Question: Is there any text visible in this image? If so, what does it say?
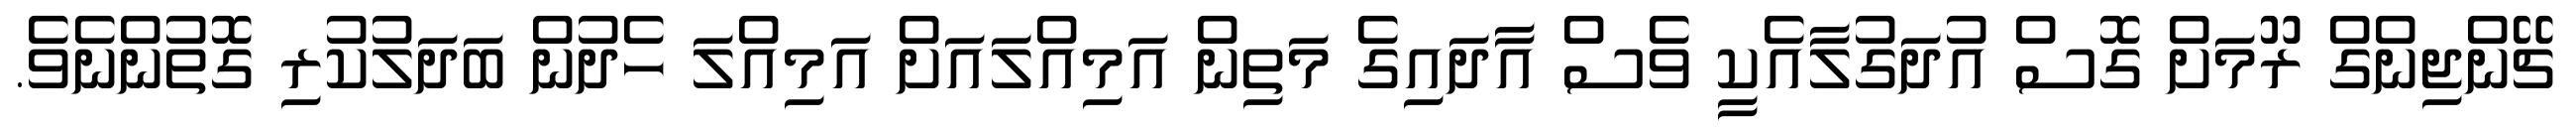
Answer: ޗޭންޖިންގް ރޫމަށް ގޮސް އުދަގުލާއެކީ ވެސް އާދައިގެ މަތިން އަމިއްލައަށް އަމިއްލަ ހެދުން ބަދަލުކުރި ގޮތުންނެވެ.